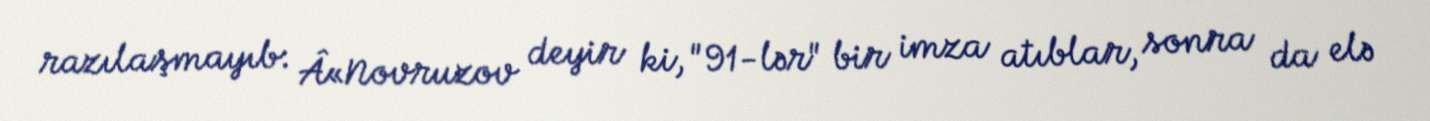
razılaşmayıb: Â«Novruzov deyir ki, "91-lər" bir imza atıblar, sonra da elə